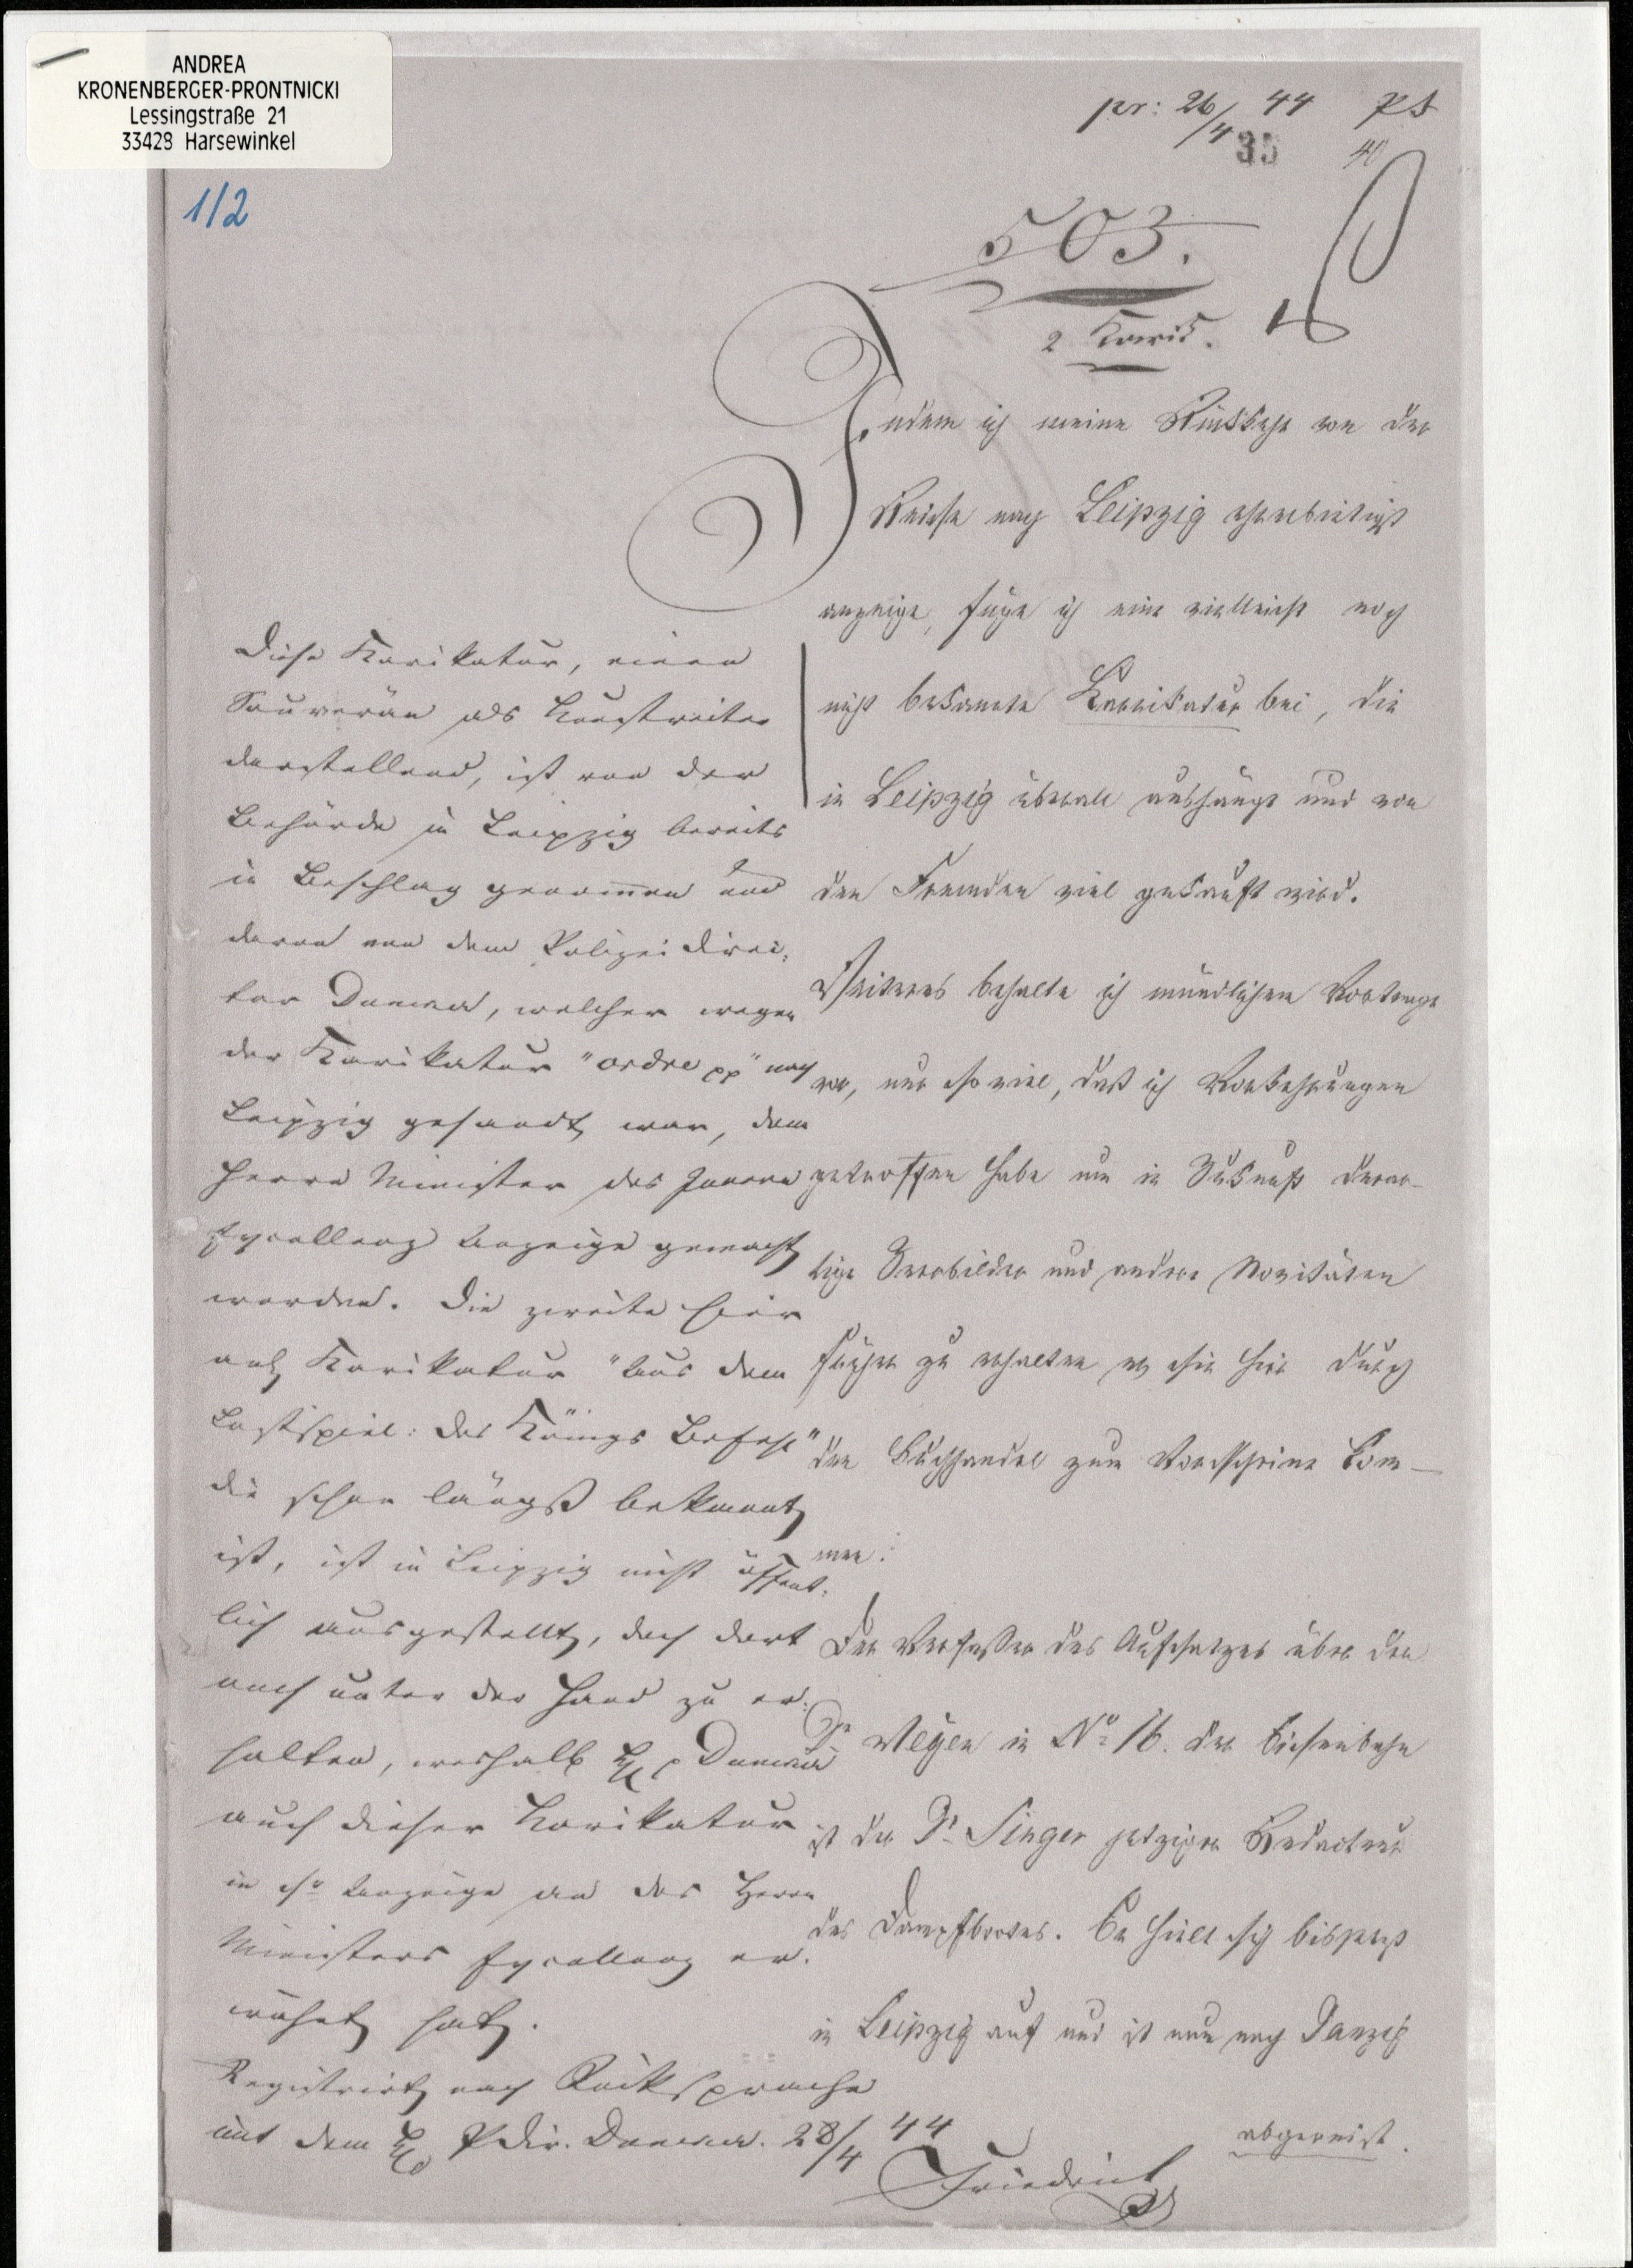
pr: 26/4 44 pt

503.
2 Karik.
Indem ich meine Rückkehr von der
Reise nach Leipzig ehrerbietigst
anzeige, füge ich eine vielleicht noch
nicht bekannte Karikatur bei, die
in Leipzig überall aushängt und von
den Fremden viel gekauft wird.
Weiteres behalte ich mündlichem Vortrage
vor, nur so viel, daß ich Vorkehrungen
getroffen habe um in Zukunft derar¬
tige Zerrbilder und andere Novitäten
früher zu erhalten als sie hier durch
den Buchhandel zum Vorscheine kom¬
men.
Der Verfaßer des Aufsatzes über den
Dr. Weyer in № 16. der Eisenbahn
ist der Dr. Singer jetziger Biednoteur
des Dampfbootes. Er hielt sich bis jetzt
in Leipzig auf und ist nun nach Danzig
abgereist.
Friedrich Dr

Diese Karikatur, einen
Souverän als Kunstreiter
darstellend, ist von der
Behörde in Leipzig bereits
in Beschlag genommen und
davor von dem Polizei Direc¬
tor Dnewa, welcher wegen
der Karikatur "ordre xx" nach
Leipzig gesandt war, dem
Herrn Minister des Innern
Excellenz Anzeige gemacht
worden. Die zweite hier
and Karikatur "Aus dem
Lustspiel: des Königs Befehl"
die schon längst bekannt
ist, ist in Leipzig nicht öffent¬
lich ausgestellt, doch dort
auch unter der Hand zu er¬
halten, weshalb  Dnewa
auch dieser Karikatur
in seiner Anzeige an des Herrn
Ministers Excellenz er¬
wähnt hat.
Registrirt nach Rücksprache
mit dem  Polic. Dnewa 28/4 44